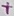
Text: +